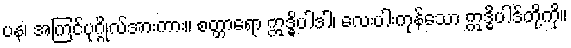
ပန၊ အကြင်ပုဂ္ဂိုလ်အားကား။ စတ္တာရော ဣဒ္ဓိပါဒါ၊ လေးပါးကုန်သော ဣဒ္ဓိပါဒ်တို့ကို။